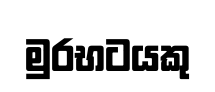
මුරභටයකු